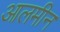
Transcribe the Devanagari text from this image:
आलमीन